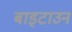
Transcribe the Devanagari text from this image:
बाइटाउन